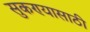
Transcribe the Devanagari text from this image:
सुकण्यासाठी